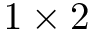
1 \times 2